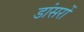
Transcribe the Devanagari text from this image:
डांसरों